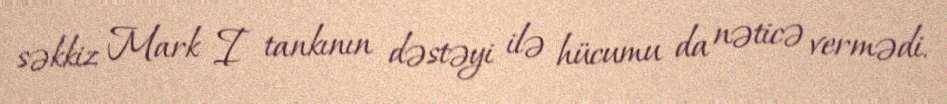
səkkiz Mark I tankının dəstəyi ilə hücumu da nəticə vermədi.